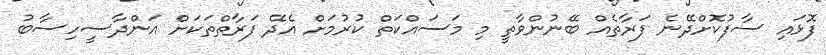
ފޮޅައި ސާފުކޮށްދޭނެ ފަރާތެއް ބޭނުންވާތީ މި މަސައްކަތް ކުރުމަށް އެދޭ ފަރާތްތަކަށް އަންދާސީހިސާބު